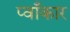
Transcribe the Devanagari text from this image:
प्वाँकार